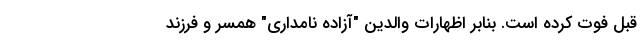
قبل فوت کرده است. بنابر اظهارات والدین "آزاده نامداری" همسر و فرزند